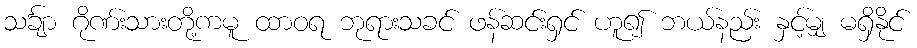
သင်္ချာ ဂိုဏ်းသားတို့ကမူ ထာဝရ ဘုရားသခင် ဖန်ဆင်းရှင် ဟူ၍ ဘယ်နည်း နှင့်မျှ မရှိနိုင်